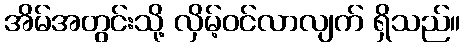
အိမ်အတွင်းသို့ လှိမ့်ဝင်လာလျက် ရှိသည်။